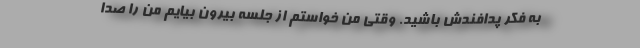
به فکر پدافندش باشید. وقتی من خواستم از جلسه بیرون بیایم من را صدا